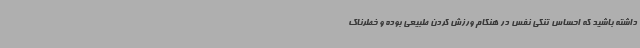
داشته باشید که احساس تنگی نفس در هنگام ورزش کردن طبیعی بوده و خطرناک